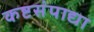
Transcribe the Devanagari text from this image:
कष्टसंपाद्या